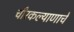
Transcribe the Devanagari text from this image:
चीरकल्याणाचे